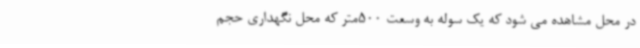
در محل مشاهده می شود که یک سوله به وسعت 500متر که محل نگهداری حجم